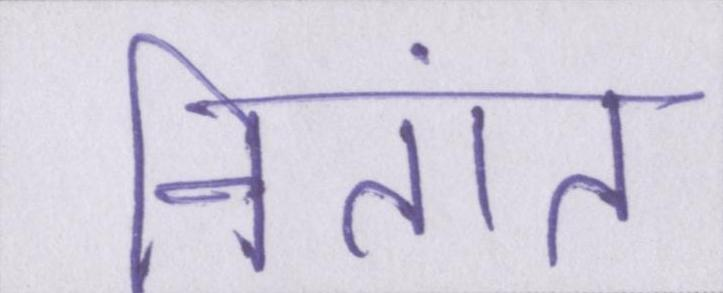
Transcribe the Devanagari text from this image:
नितांत